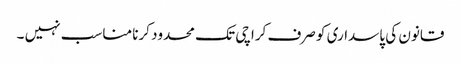
قانون کی پاسداری کو صرف کراچی تک محدود کرنا مناسب نہیں ۔